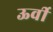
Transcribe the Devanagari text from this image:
ऊर्वी